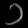
Digit: ၁